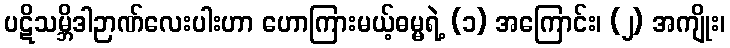
ပဋိသမ္ဘိဒါဉာဏ်လေးပါးဟာ ဟောကြားမယ့်ဓမ္မရဲ့ (၁) အကြောင်း၊ (၂) အကျိုး၊